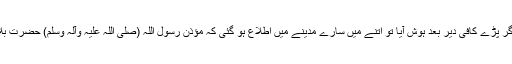
اور مزار پر انوار کے پاس گر پڑے کافی دیر بعد ہوش آیا تو اتنے میں سارے مدینے میں اطلاع ہو گئی کہ مؤذن رسول اللہ (صلی اللہ علیہ وآلہ وسلم) حضرت بلال رضی اللہ عنہ آ گئے ہیں۔